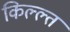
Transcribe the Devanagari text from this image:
किल्ल्त